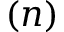
( n )